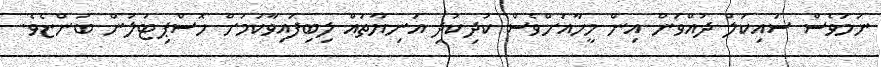
ނަމަވެސް ސައިކަލް ދުއްވަން އިން މީހާއަށްވެސް ކުދިކުދި އަނިޔާތައް ލިބިފައިވާކަމަށް ހޮސްޕިޓަލުން ބުންޏެވެ.